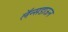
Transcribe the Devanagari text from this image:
लॅन्सडाऊन